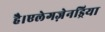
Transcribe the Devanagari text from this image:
है।एलेगज़ेनड्रिया